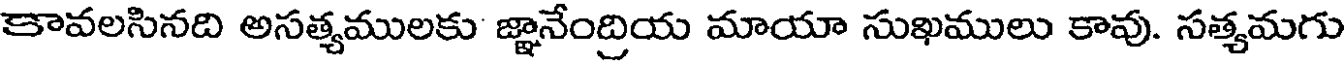
కావలసినది అసత్యములకు జ్ఞానేంద్రియ మాయా సుఖములు కావు. సత్యమగు